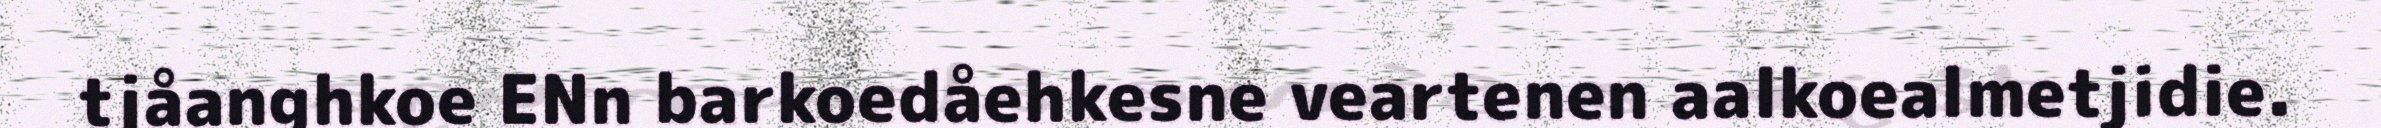
tjåanghkoe ENn barkoedåehkesne veartenen aalkoealmetjidie.